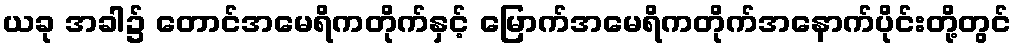
ယခု အခါ၌ တောင်အမေရိကတိုက်နှင့် မြောက်အမေရိကတိုက်အနောက်ပိုင်းတို့တွင်